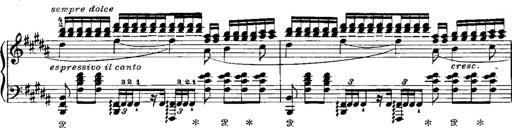
Title: RÃ©miniscences de Norma de Bellini
Composer: Franz Liszt